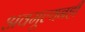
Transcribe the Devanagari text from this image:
अवमूल्यनही